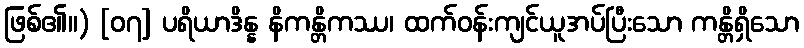
ဖြစ်၏။) [၀၇] ပရိယာဒိန္န နိကန္တိကဿ၊ ထက်ဝန်းကျင်ယူအပ်ပြီးသော ကန္တိရှိသော